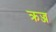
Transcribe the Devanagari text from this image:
क्रज्ज